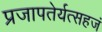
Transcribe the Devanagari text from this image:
प्रजापतेर्यत्सहजं